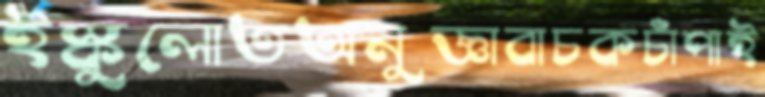
ইস্কুলোতঅনুজ্ঞাবাচকচাঁপাই